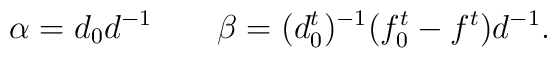
\alpha = d_0 d^{-1} \;\;\;\;\;\;\; \beta = (d_0^t)^{-1} (f_0^t-f^t) d^{-1}.